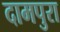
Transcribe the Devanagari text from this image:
दामपुरा